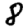
Digit: 8